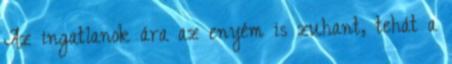
Az ingatlanok ára az enyém is zuhant, tehát a